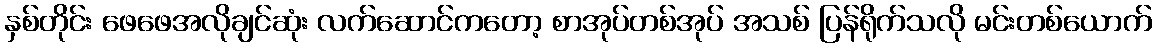
နှစ်တိုင်း ဖေဖေအလိုချင်ဆုံး လက်ဆောင်ကတော့ စာအုပ်တစ်အုပ် အသစ် ပြန်ရိုက်သလို မင်းတစ်ယောက်